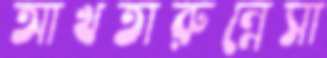
আখতারুন্নেসা